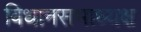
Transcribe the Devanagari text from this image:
विधानसभाध्यक्ष